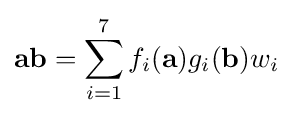
\mathbf {a} \mathbf {b} =\sum _{i=1}^{7}f_{i}(\mathbf {a} )g_{i}(\mathbf {b} )w_{i}